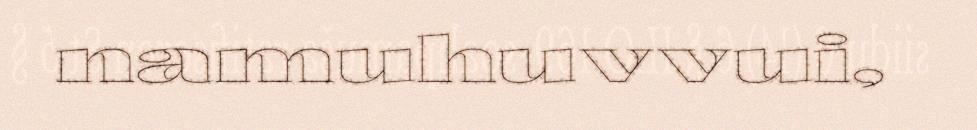
namuhuvvui,